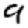
Digit: 9